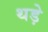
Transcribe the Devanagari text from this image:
थड़े